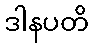
ဒါနပတိ